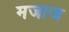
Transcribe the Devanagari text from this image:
मजाज